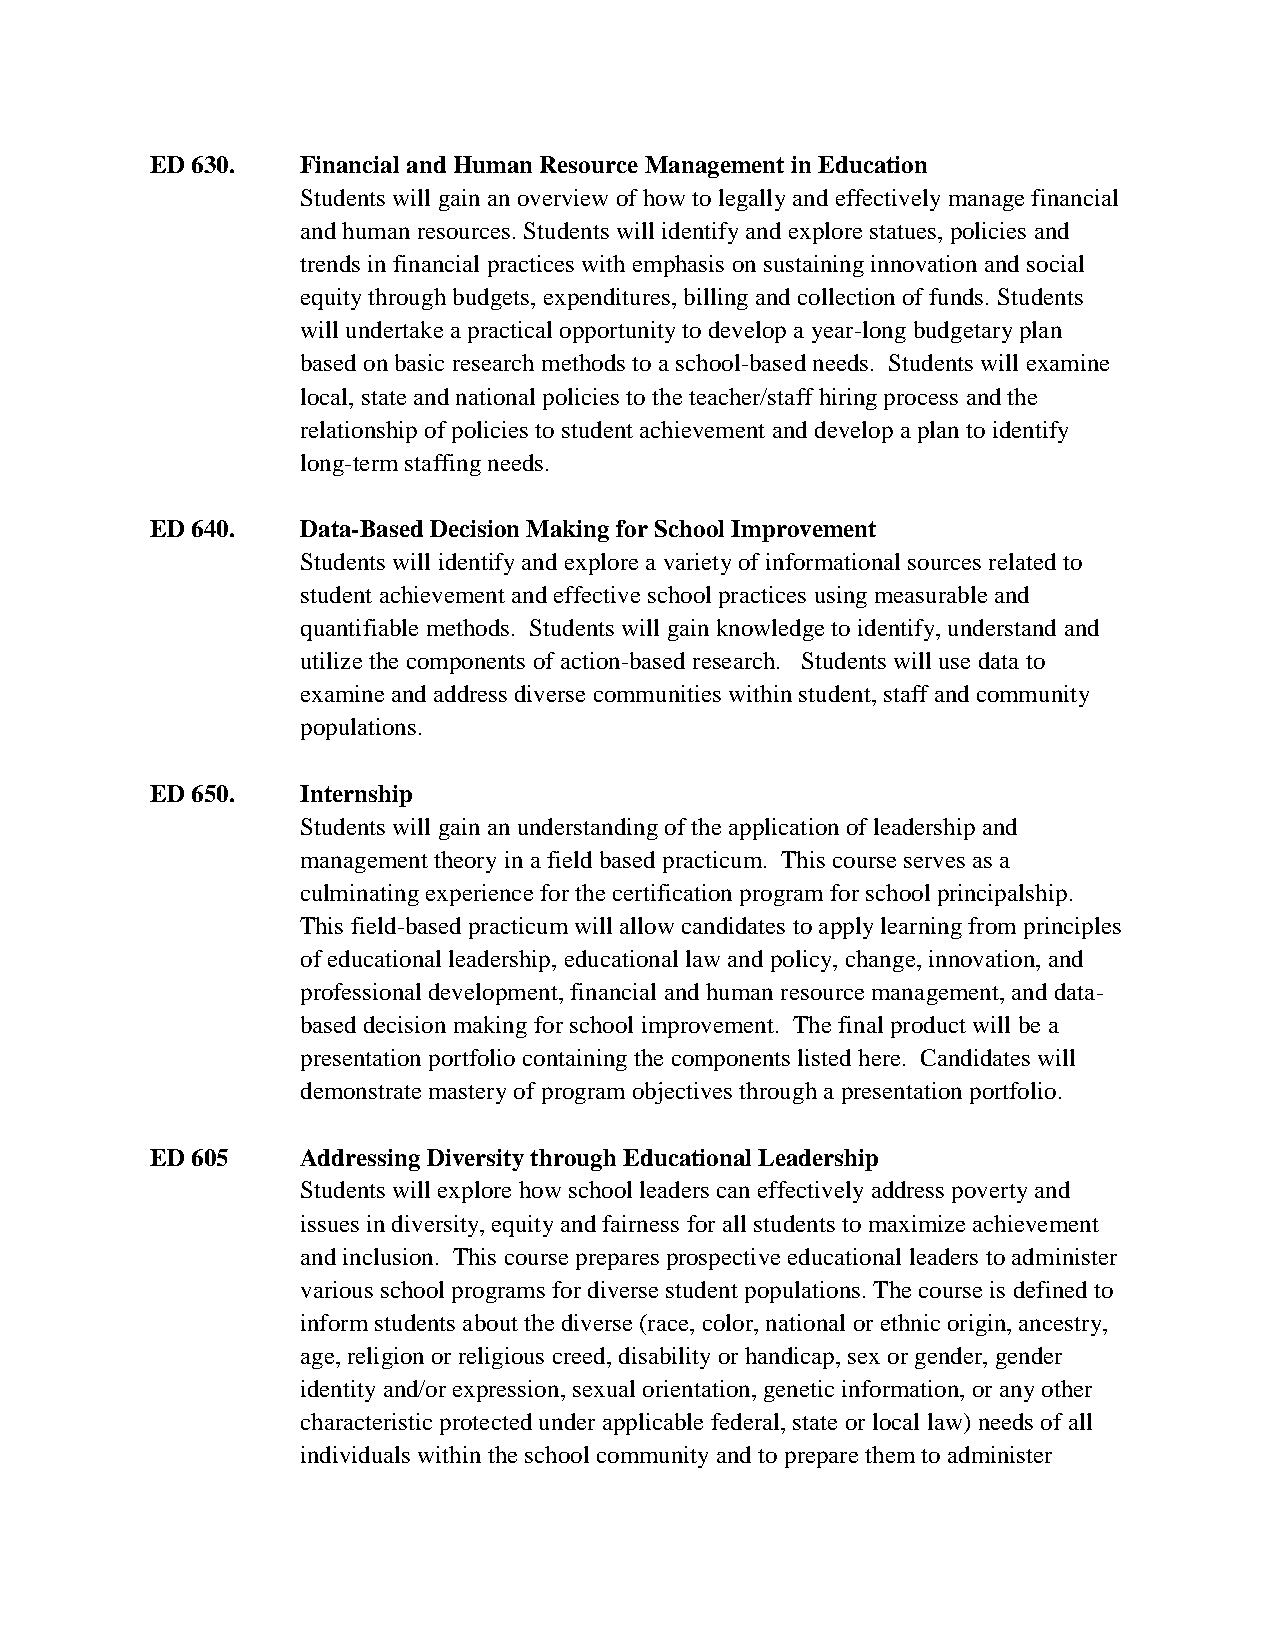
ED 630.   Financial and Human Resource Management in Education
 Students will gain an overview of how to legally and effectively manage financial
 and human resources. Students will identify and explore statues, policies and
 trends in financial practices with emphasis on sustaining innovation and social
 equity through budgets, expenditures, billing and collection of funds. Students
 will undertake a practical opportunity to develop a year-long budgetary plan
 based on basic research methods to a school-based needs. Students will examine
 local, state and national policies to the teacher/staff hiring process and the
 relationship of policies to student achievement and develop a plan to identify
 long-term staffing needs.
 ED 640.   Data-Based Decision Making for School Improvement
 Students will identify and explore a variety of informational sources related to
 student achievement and effective school practices using measurable and
 quantifiable methods. Students will gain knowledge to identify, understand and
 utilize the components of action-based research. Students will use data to
 examine and address diverse communities within student, staff and community
 populations.
 ED 650.   Internship
 Students will gain an understanding of the application of leadership and
 management theory in a field based practicum. This course serves as a
 culminating experience for the certification program for school principalship.
 This field-based practicum will allow candidates to apply learning from principles
 of educational leadership, educational law and policy, change, innovation, and
 professional development, financial and human resource management, and data-
 based decision making for school improvement. The final product will be a
 presentation portfolio containing the components listed here. Candidates will
 demonstrate mastery of program objectives through a presentation portfolio.
 ED 605    Addressing Diversity through Educational Leadership
 Students will explore how school leaders can effectively address poverty and
 issues in diversity, equity and fairness for all students to maximize achievement
 and inclusion. This course prepares prospective educational leaders to administer
 various school programs for diverse student populations. The course is defined to
 inform students about the diverse (race, color, national or ethnic origin, ancestry,
 age, religion or religious creed, disability or handicap, sex or gender, gender
 identity and/or expression, sexual orientation, genetic information, or any other
 characteristic protected under applicable federal, state or local law) needs of all
 individuals within the school community and to prepare them to administer